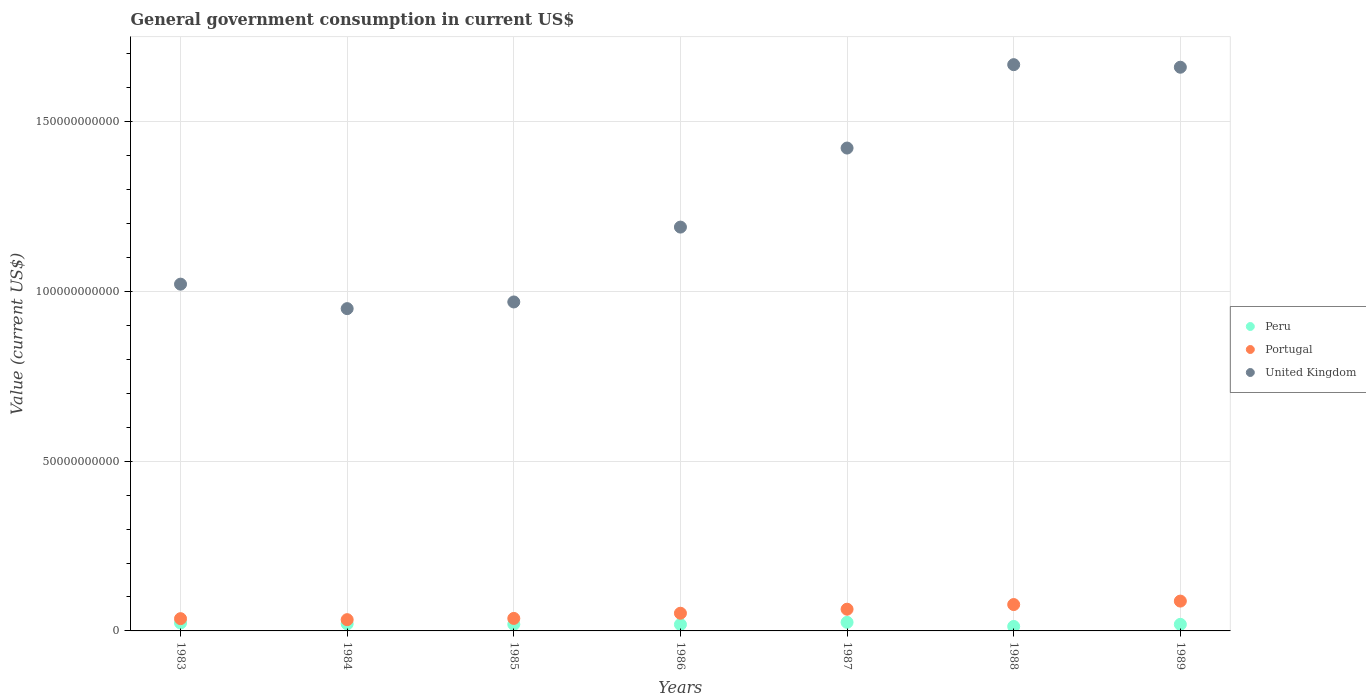
| Years | Peru | Portugal | United Kingdom |
 | --- | --- | --- | --- |
 | 1983 | 2.33e+09 | 3.61e+09 | 1.02e+11 |
 | 1984 | 2.08e+09 | 3.32e+09 | 9.49e+10 |
 | 1985 | 1.94e+09 | 3.68e+09 | 9.69e+10 |
 | 1986 | 1.9e+09 | 5.21e+09 | 1.19e+11 |
 | 1987 | 2.53e+09 | 6.4e+09 | 1.42e+11 |
 | 1988 | 1.31e+09 | 7.77e+09 | 1.67e+11 |
 | 1989 | 1.93e+09 | 8.79e+09 | 1.66e+11 |